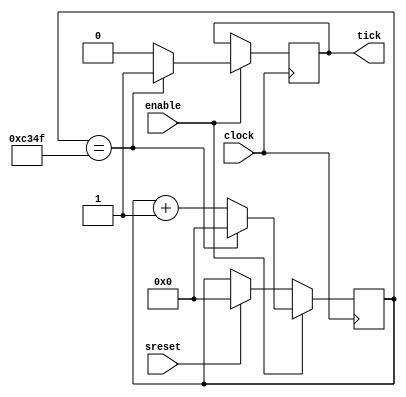
`timescale 1ns / 100ps    // Unit time is 1ns, resolution 100ps
//-----------------------------------------------------------
// Design Name: modulo_counter_16
// Function: a 16-bit divide clock frequency circuit with enable input, fixed modulo and sreset
//-----------------------------------------------------------

module modulo_counter_16(
	clock, // clock input
	enable, // high enable counting
	sreset, // Synchronous reset
	//modulo,
	tick // tick
);

//------- Declare ports -------//

	parameter BIT_SZ = 16;
	parameter MODULO = 50000;
	input clock;
	input enable;
	input sreset;
	output tick;
	
// count needs to be declared as a reg
	reg [BIT_SZ-1:0] count;
	reg tick;
//----- always initialise storage elements such as D-FF
	initial count = 0;
	initial tick = 0;
//----- Main body of the module
	
	always @ (posedge clock) begin
		if (sreset == 1'b1) begin
			count <= 1'b0;
		end
		
		if (enable == 1'b1) begin
			if (count == (MODULO-1)) begin
				tick <= 1'b1;
				count <= 1'b0;
			end
			else begin
				tick <= 1'b0;
				count <= count + 1'b1;
			end
		end
	end
endmodule